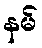
နမ်